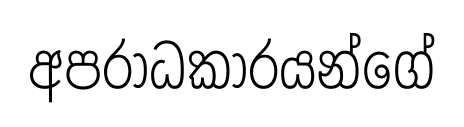
අපරාධකාරයන්ගේ